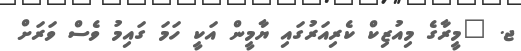
ޖ. "މީރާގެ މިއުޒިކް ކެރިއަރުގައި ޔާމީން އަކީ ހަމަ ގައިމު ވެސް ވަރަށް